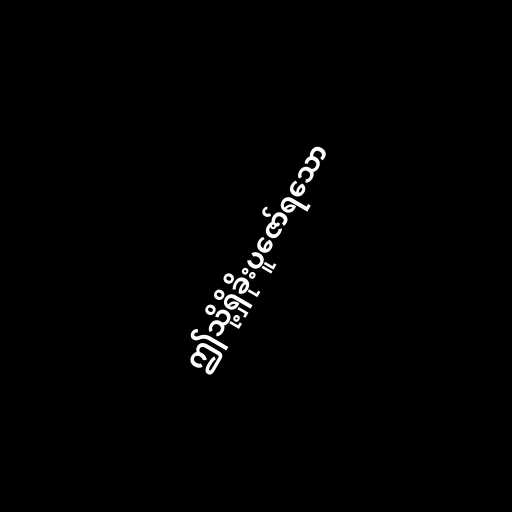
ဤသို့ရှိခိုးပူဇော်ရသော